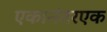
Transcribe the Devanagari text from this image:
एकानंतरएक